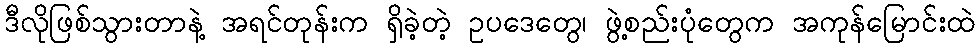
ဒီလိုဖြစ်သွားတာနဲ့ အရင်တုန်းက ရှိခဲ့တဲ့ ဥပဒေတွေ၊ ဖွဲ့စည်းပုံတွေက အကုန်မြောင်းထဲ